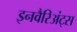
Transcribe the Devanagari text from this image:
इनवैरिअंट्स